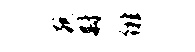
宛尉徘